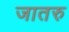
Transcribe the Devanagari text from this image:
जातरु